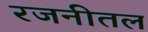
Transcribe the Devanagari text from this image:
रजनीतल